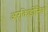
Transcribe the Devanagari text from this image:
अरकिडोनिक